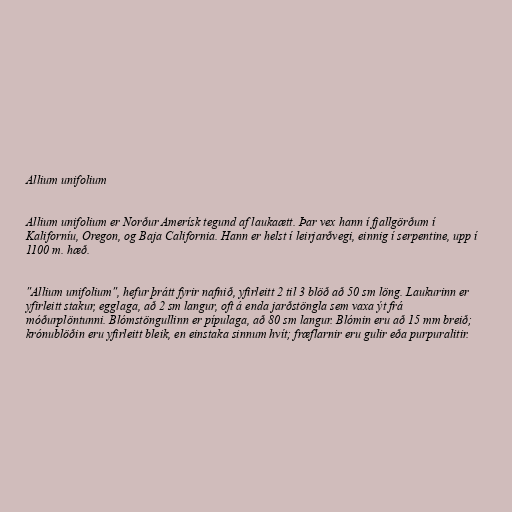
Allium unifolium

Allium unifolium er Norður Amerísk tegund af laukaætt. Þar vex hann í fjallgörðum í
Kaliforníu, Oregon, og Baja California. Hann er helst í leirjarðvegi, einnig í serpentine, upp í
1100 m. hæð.

"Allium unifolium", hefur þrátt fyrir nafnið, yfirleitt 2 til 3 blöð að 50 sm löng. Laukurinn er
yfirleitt stakur, egglaga, að 2 sm langur, oft á enda jarðstöngla sem vaxa ýt frá
móðurplöntunni. Blómstöngullinn er pípulaga, að 80 sm langur. Blómin eru að 15 mm breið;
krónublöðin eru yfirleitt bleik, en einstaka sinnum hvít; fræflarnir eru gulir eða purpuralitir.